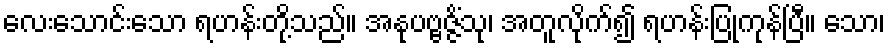
လေးသောင်းသော ရဟန်းတို့သည်။ အနုပဗ္ဗဇ္ဇိံသု၊ အတူလိုက်၍ ရဟန်းပြုကုန်ပြီ။ သော၊